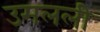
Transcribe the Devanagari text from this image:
उमलली